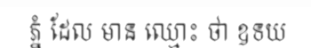
ភ្នំ ដែល មាន ឈ្មោះ ថា ឧទយ